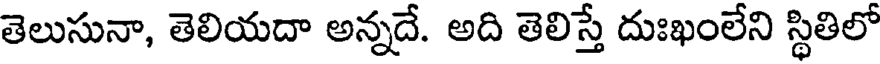
తెలుసునా, తెలియదా అన్నదే. అది తెలిస్తే దుఃఖంలేని స్థితిలో